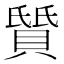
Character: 𫎛